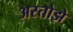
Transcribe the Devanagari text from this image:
अस्तोझे